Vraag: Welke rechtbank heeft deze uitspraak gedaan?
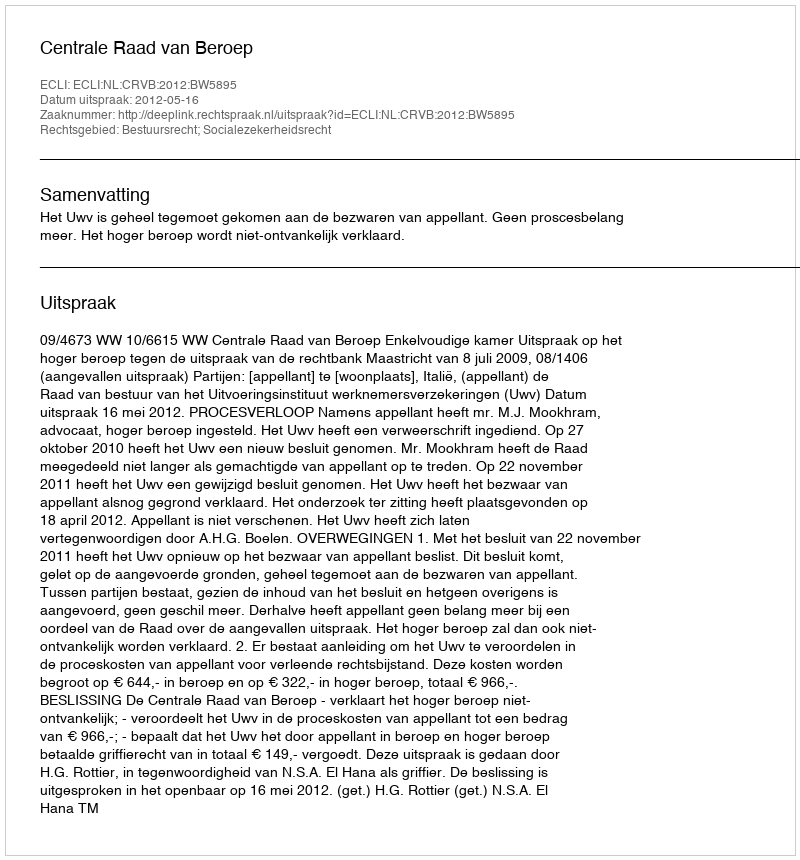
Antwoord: Centrale Raad van Beroep